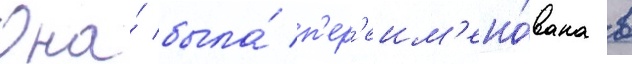
Она́ была́ п'ер'еим'ено́вана в